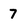
Character: 7